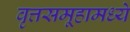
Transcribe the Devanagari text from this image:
वृत्तसमूहामध्ये